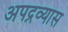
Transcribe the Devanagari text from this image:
अपद्रव्यास